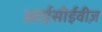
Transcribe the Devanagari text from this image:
आईसीईवीज़